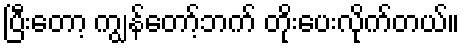
ပြီးတော့ ကျွန်တော့်ဘက် တိုးပေးလိုက်တယ်။